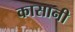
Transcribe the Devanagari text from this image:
कासानी